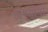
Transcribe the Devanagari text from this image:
लेण्यांनी